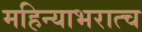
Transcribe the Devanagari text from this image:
महिन्याभरात्च